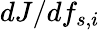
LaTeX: {dJ}/{df_{s,i}}